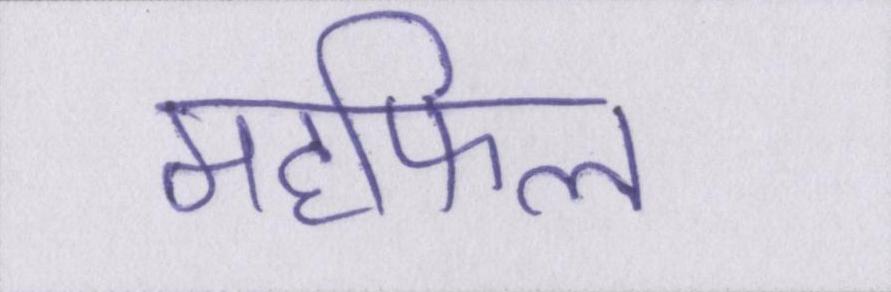
महफिल